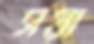
সয়া